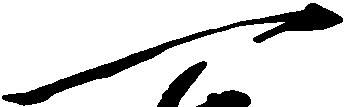
一